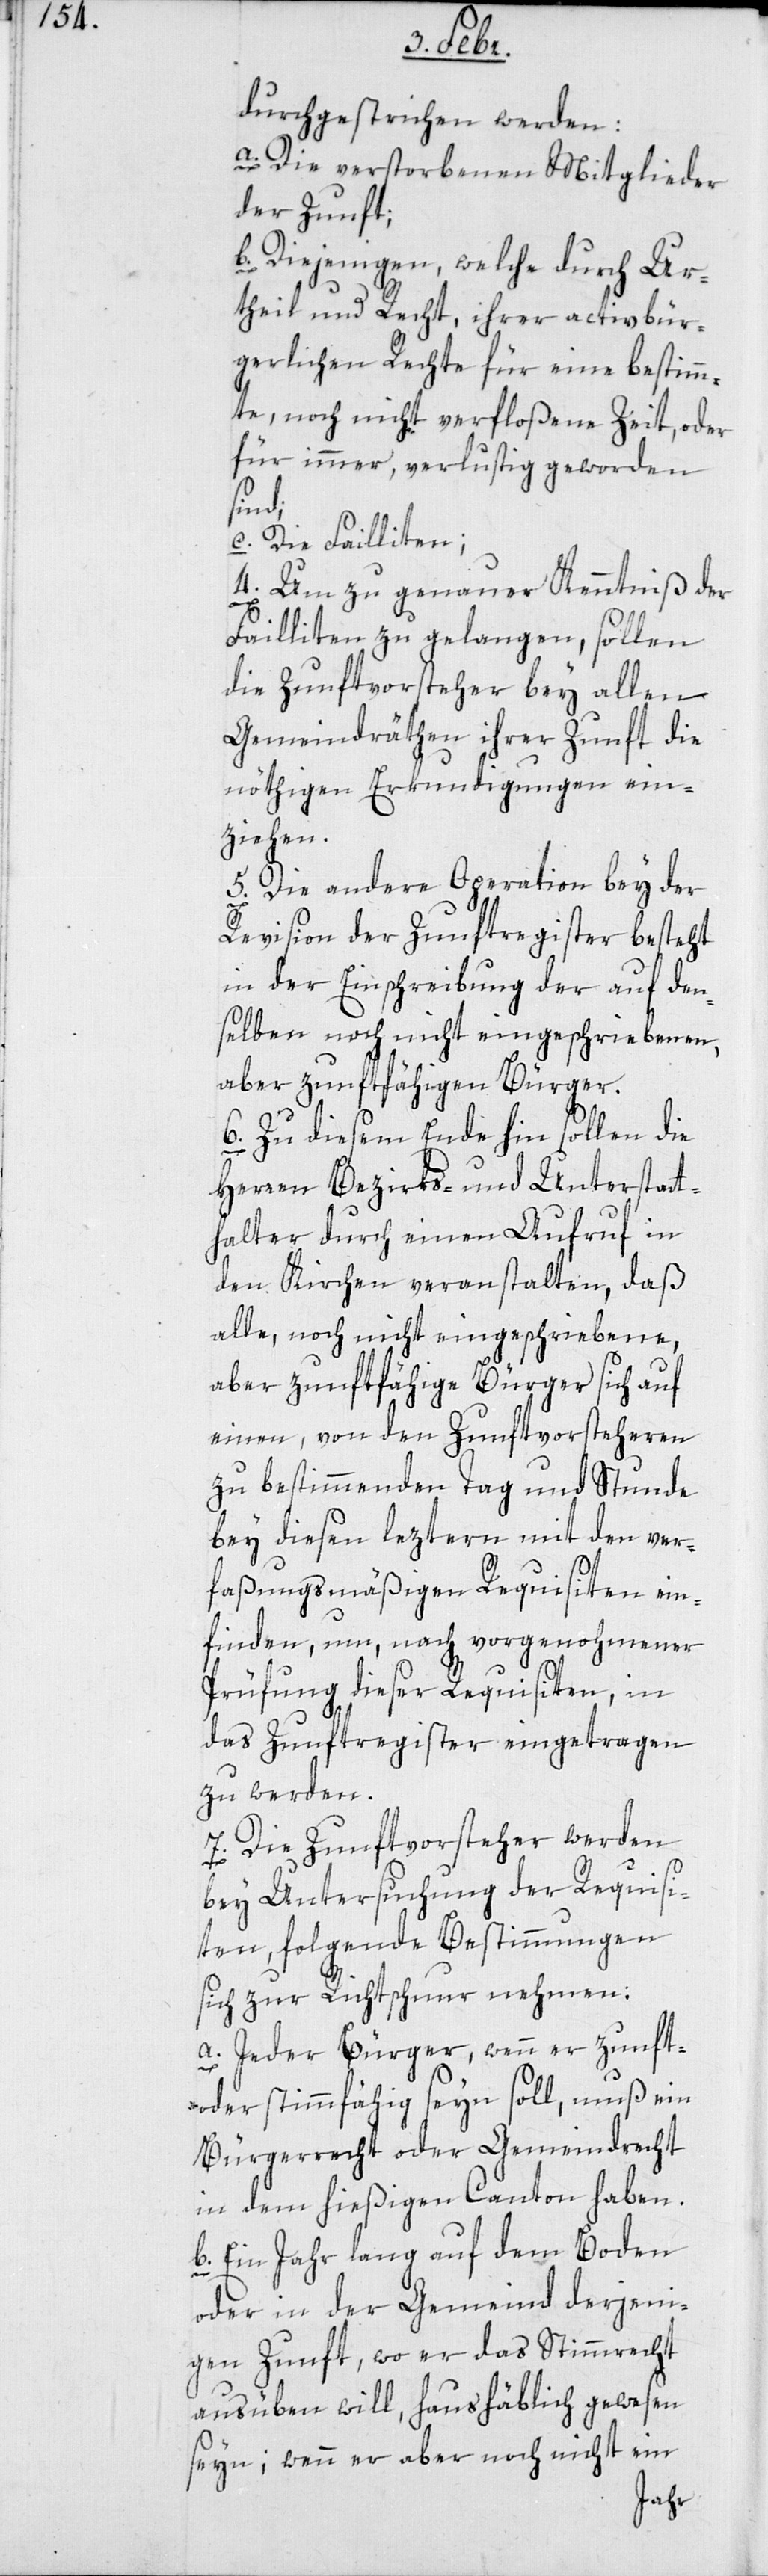
durchgestrichen werden:
a. Die verstorbenen Mitglieder
der Zunft;
b. Diejenigen, welche durch Ur¬
theil und Recht, ihrer activbür¬
gerlichen Rechte für eine bestimm¬
te, noch nicht verfloßene Zeit oder
für immer, verlustig geworden
sind;
c. die Failliten;
4. Um zu genauer Kenntniß der
Failliten zu gelangen, sollen
die Zunftvorsteher bey allen
Gemeindräthen ihrer Zunft die
nöthigen Erkundigungen ein¬
ziehen.
5. Die andere Operation bey der
Revision der Zunftregister besteht
in der Einschreibung der auf den¬
selben noch nicht eingeschriebenen,
aber zunftfähigen Bürger.
6. Zu diesem Ende hin sollen die
Herren Bezirks- und Unterstatt¬
halter durch einen Aufruf in
den Kirchen veranstalten, daß
alle, noch nicht eingeschriebene,
aber zunftfähige Bürger sich auf
einen, von den Zunftvorsteheren
zu bestimmenden Tag und Stunde
bey diesen leztern mit den ver¬
faßungsmäßigen Requisiten ein¬
finden, um, nach vorgenohmener
Prüfung dieser Requisiten, in
das Zunftregister eingetragen
zu werden.
7. Die Zunftvorsteher werden
bey Untersuchung der Requisi¬
ten folgende Bestimmungen
sich zur Richtschnur nehmen:
a. Jeder Bürger, wenn er zunft-
oder stimmfähig seyn soll, muß ein
Bürgerrecht oder Gemeindrecht
in dem hießigen Canton haben.
b. Ein Jahr lang auf dem Boden
oder in der Gemeind derjeni¬
gen Zunft, wo er das Stimmrecht
ausüben will, haushäblich gewesen
seyn; wenn er aber noch nicht ein